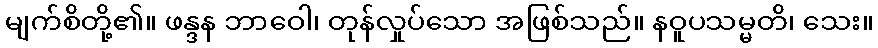
မျက်စိတို့၏။ ဖန္ဒန ဘာဝေါ၊ တုန်လှုပ်သော အဖြစ်သည်။ နဝူပသမ္မတိ၊ သေး။